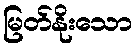
မြတ်နိုးသော